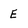
Character: e